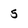
Character: 5